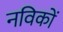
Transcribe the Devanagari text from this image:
नविकों